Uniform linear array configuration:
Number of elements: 12
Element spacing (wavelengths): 1
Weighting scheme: exponential
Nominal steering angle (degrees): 30
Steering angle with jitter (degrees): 29.936
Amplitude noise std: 0.05
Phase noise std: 0.05

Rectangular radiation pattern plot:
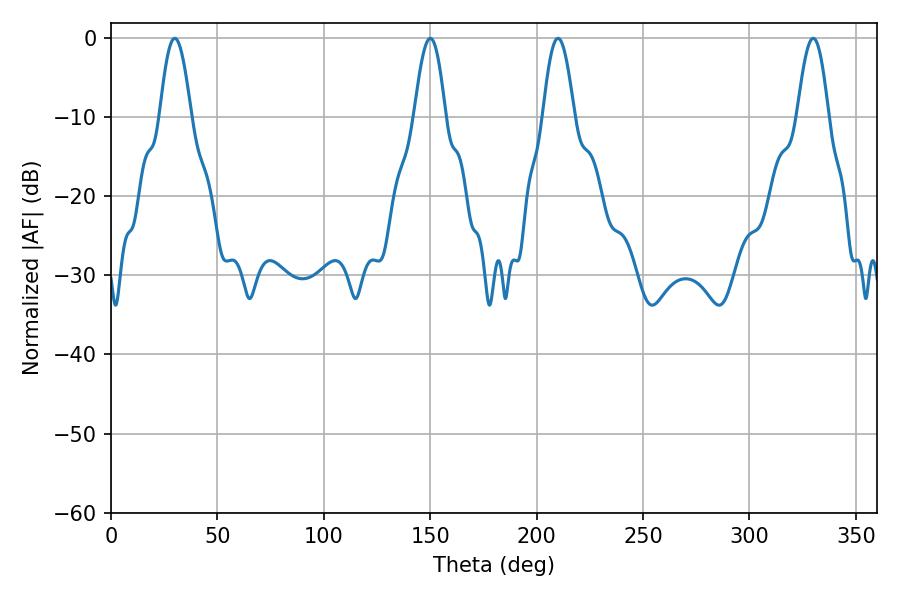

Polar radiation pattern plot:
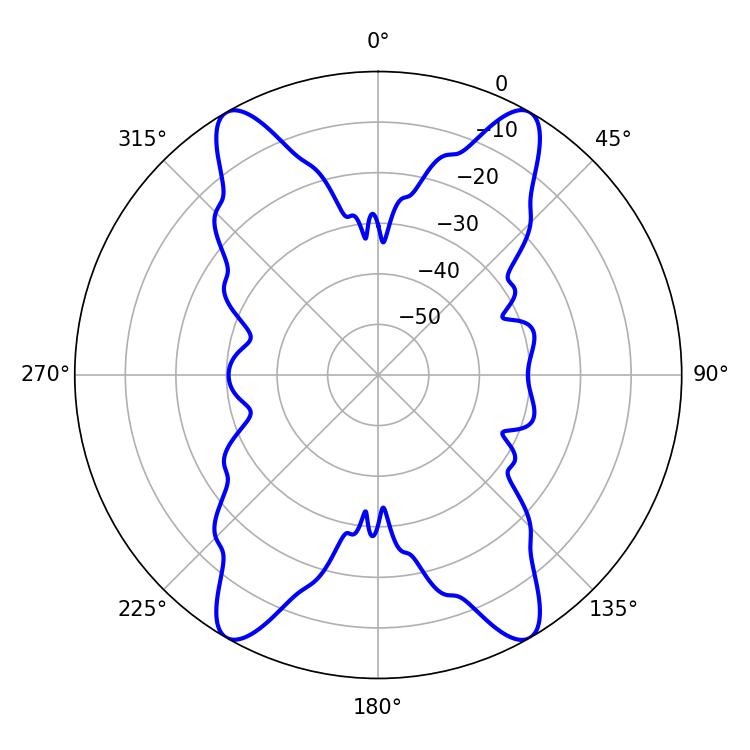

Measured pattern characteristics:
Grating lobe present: TRUE
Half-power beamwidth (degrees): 7.92
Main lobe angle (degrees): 210.06